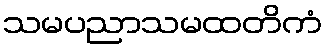
သမပညာသမထတိကံ